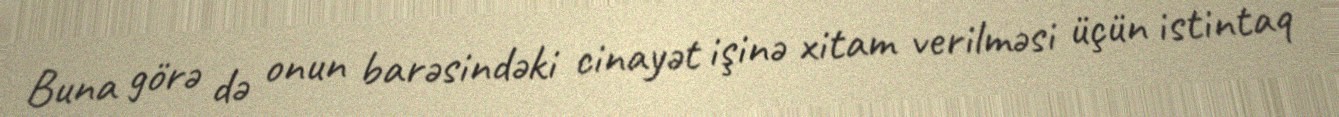
Buna görə də onun barəsindəki cinayət işinə xitam verilməsi üçün istintaq